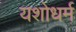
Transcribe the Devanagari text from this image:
यशोधर्म